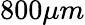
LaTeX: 800\mu m